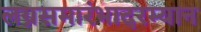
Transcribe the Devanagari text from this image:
लग्नसमारंभादरम्यान